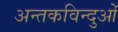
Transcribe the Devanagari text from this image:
अन्तकविन्दुओं